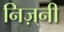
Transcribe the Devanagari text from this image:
निज़्नी